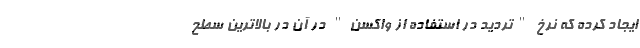
ایجاد کرده که نرخ "تردید در استفاده از واکسن" در آن در بالاترین سطح